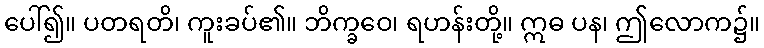
ပေါ်၍။ ပတရတိ၊ ကူးခပ်၏။ ဘိက္ခဝေ၊ ရဟန်းတို့။ ဣဓ ပန၊ ဤလောက၌။